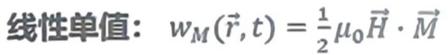
线性单值: $w_M(\vec{r},t)=\frac{1}{2}\mu_0\vec{H}\cdot\vec{M}$